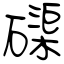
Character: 磲